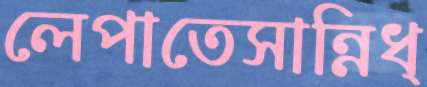
লেপাতেসান্নিধ্